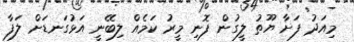
މިއަދު ފަށާ ޔޫތު ލީގުން ފޮނި މީރު ކަމެއް ލިބޭނީ އަޅުގަނޑަށް ލަފާ